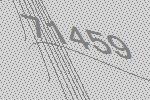
71459